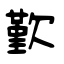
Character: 歏